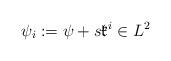
LaTeX: \begin{align*}\psi_i:=\psi+s\mathfrak{k}^i\in L^2\end{align*}